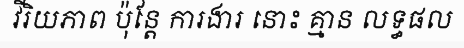
វីរិយភាព ប៉ុន្តែ ការងារ នោះ គ្មាន លទ្ធផល